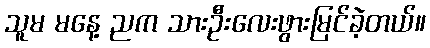
သူမ မနေ့ ညက သားဦးလေးဖွားမြင်ခဲ့တယ်။